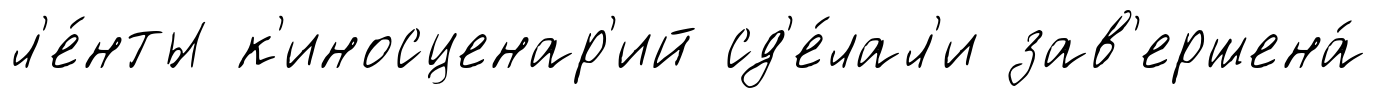
л'е́нты к'иносценар'ий сд'е́лал'и зав'ершена́